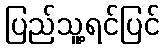
ပြည်သူ့ရင်ပြင်